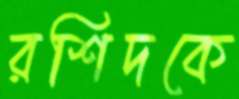
রশিদকে